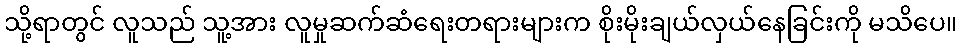
သို့ရာတွင် လူသည် သူ့အား လူမှုဆက်ဆံရေးတရားများက စိုးမိုးချယ်လှယ်နေခြင်းကို မသိပေ။